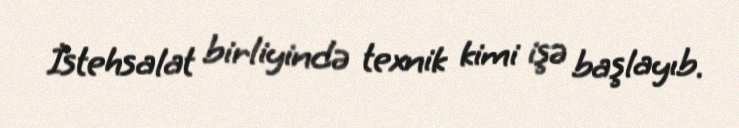
İstehsalat birliyində texnik kimi işə başlayıb.